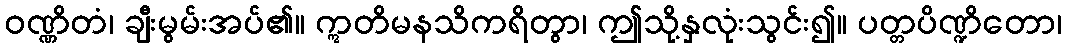
ဝဏ္ဏိတံ၊ ချီးမွမ်းအပ်၏။ ဣတိမနသိကရိတွာ၊ ဤသို့နှလုံးသွင်း၍။ ပတ္တပိဏ္ဍိတော၊